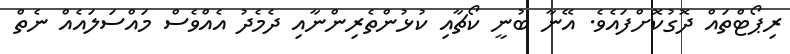
ރިޕޯޓްތައް ދޮގުކޮށްފައެވެ. އޭނާ ބުނީ ކޯޗާއި ކުޅުންތެރިންނާއި ދެމެދު އެއްވެސް މައްސަލައެއް ނެތް